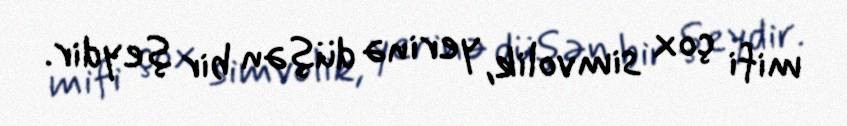
mifi çox simvolik, yerinə düşən bir şeydir.